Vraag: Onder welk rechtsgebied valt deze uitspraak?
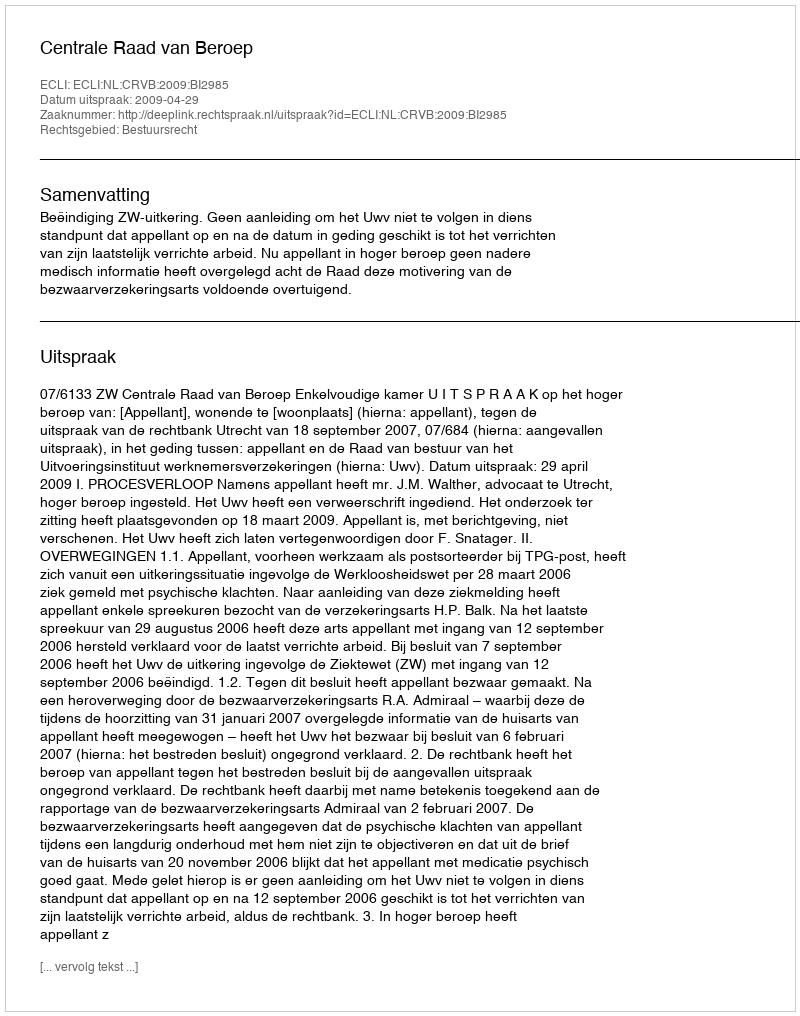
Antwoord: Bestuursrecht